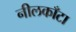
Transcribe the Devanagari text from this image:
नीलकाँटा